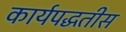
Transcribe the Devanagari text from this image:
कार्यपद्धतीस